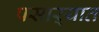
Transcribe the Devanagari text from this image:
पसाऱ्यात